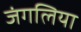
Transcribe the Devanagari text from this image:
जंगलिया